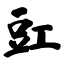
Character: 豇